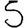
Digit: 5